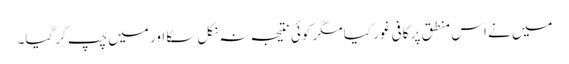
میں نے اس منطق پر کافی غور کیا مگر کوئی نتیجہ نہ نکل سکا اور میں چپ کر گیا۔